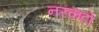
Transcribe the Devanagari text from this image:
नरकटों